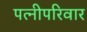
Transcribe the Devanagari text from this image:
पत्नीपरिवार